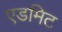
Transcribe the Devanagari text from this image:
एडमिट